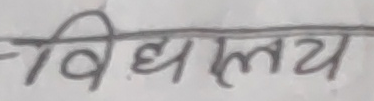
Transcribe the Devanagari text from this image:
विद्यालय